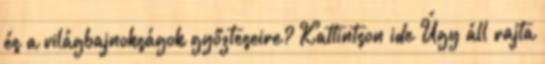
és a világbajnokságok győzteseire? Kattintson ide Úgy áll rajta